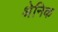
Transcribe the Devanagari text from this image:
श्रेनिक